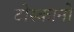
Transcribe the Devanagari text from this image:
टोस्कानो